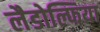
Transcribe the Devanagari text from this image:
लैडोल्फिया